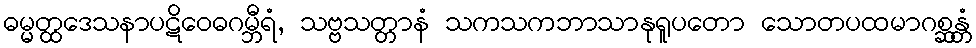
ဓမ္မတ္ထဒေသနာပဋိဝေဓဂမ္ဘီရံ, သဗ္ဗသတ္တာနံ သကသကဘာသာနုရူပတော သောတပထမာဂစ္ဆန္တံ